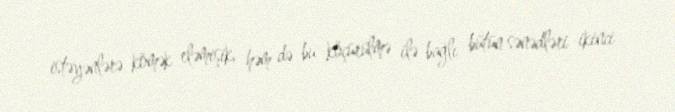
istəyənlərə kömək eləmişik, həm də bu köçürülmə ilə bağlı bütün sənədləri ikinci